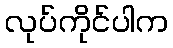
လုပ်ကိုင်ပါက